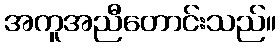
အကူအညီတောင်းသည်။